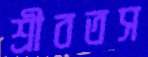
শ্রীবতস